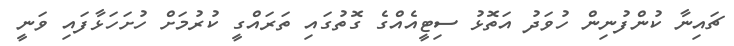
ޗައިނާ ކުންފުނިން ހުވަދު އަތޮޅު ސިޓީއެއްގެ ގޮތުގައި ތަރައްގީ ކުރުމަށް ހުށަހަޅާފައި ވަނީ